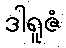
ဒါရူဇံ